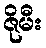
ဇိုမီး